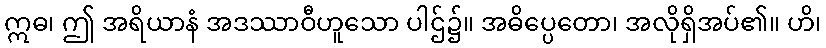
ဣဓ၊ ဤ အရိယာနံ အဒဿာဝီဟူသော ပါဌ်၌။ အဓိပ္ပေတော၊ အလိုရှိအပ်၏။ ဟိ၊